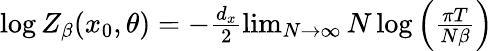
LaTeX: \begin{array}{r}{\log Z_{\beta}(x_{0},\theta)=-\frac{d_{x}}{2}\operatorname*{lim}_{N\to\infty}N\log\left(\frac{\pi T}{N\beta}\right)}\end{array}